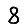
Digit: 8